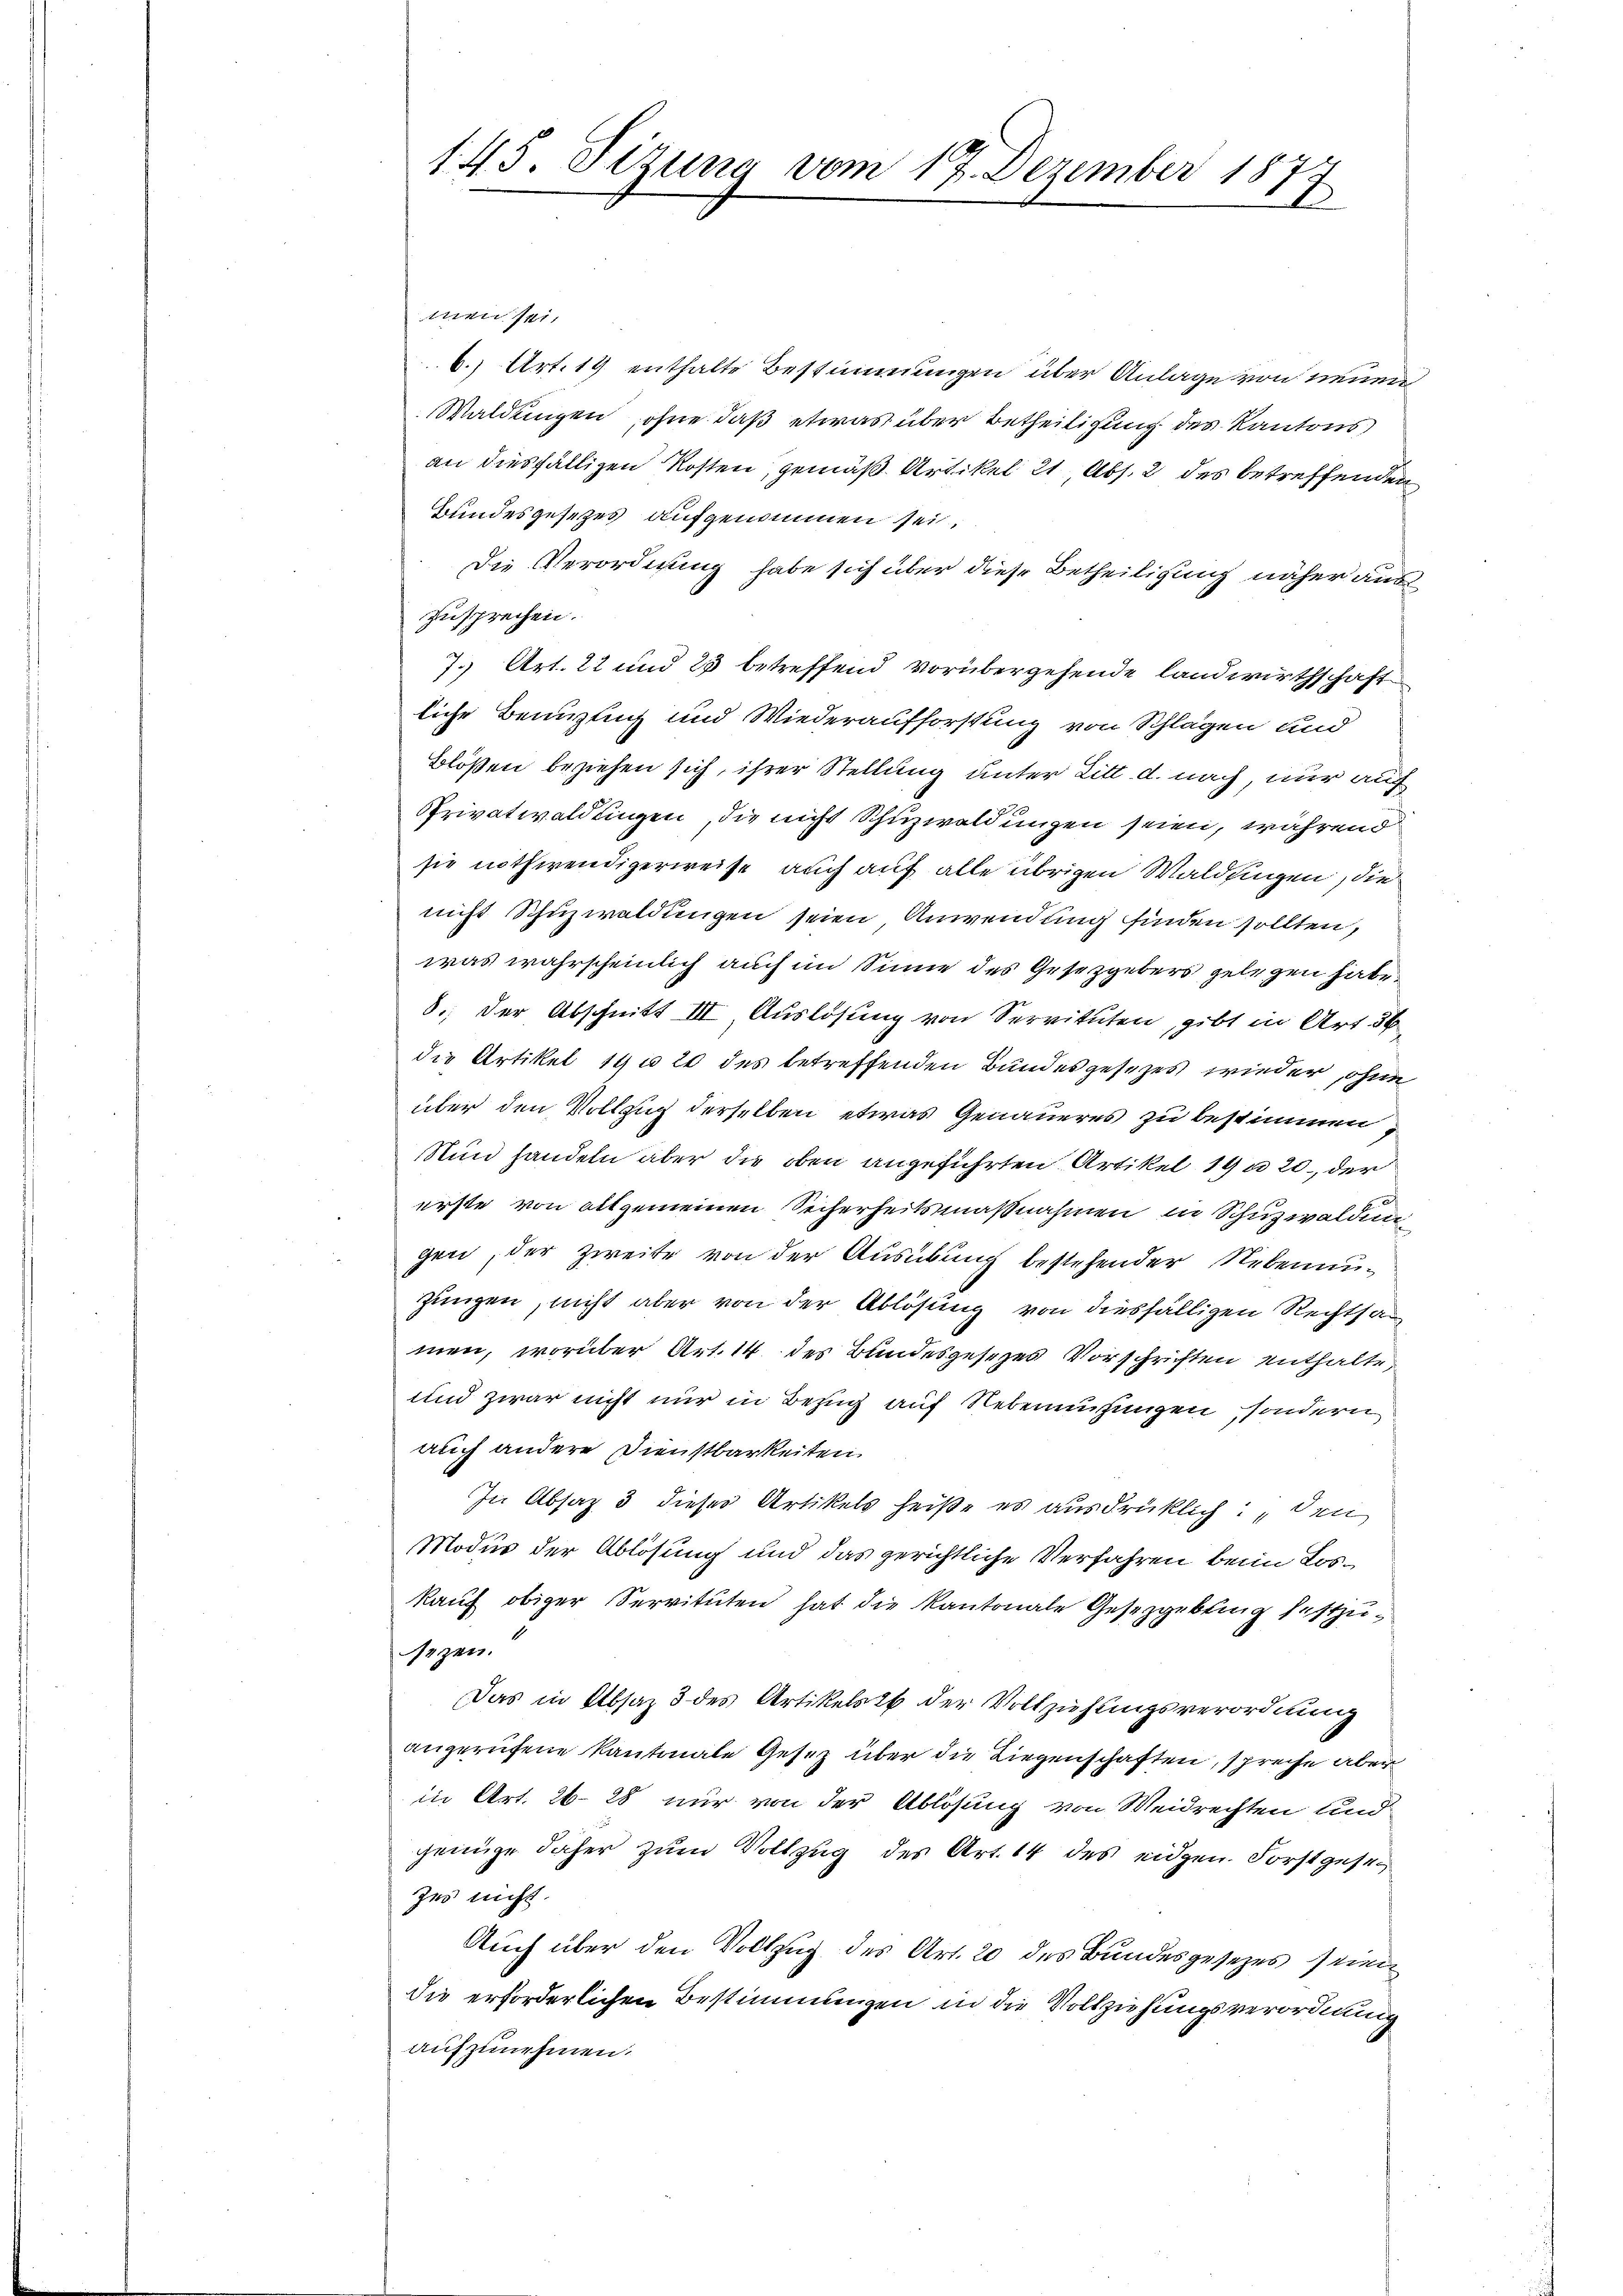
145. Sizung vom 17. Dezember 18
E
1

men sei.
6.) Art. 19 enthalte Bestimmungen über Anlage von neuen
Waldungen, ohne daß etwas über Betheiligung des Kantons
an diesfälligen Kosten, gemäß Artikel 21, Abs. 2 des betreffenden
Bundesgesetzes aufgenommen sei.
Die Verordnung habe sich über diese Betheiligung näher auszusprechen.
7.) Art. 22 und 23 betreffend vorübergehende landwirthschaft
liche Benuztug und Wiederaufforstung von Splügen und
Blößen beziehen sich, ihrer Stellung unter Litt. d. nach, nur auch
Privatwaldungen, die nicht Schuzwaldungen seien, während
sie nothwendigerweise auch auf alle übrigen Waldfingen, die
nicht Schuzwaldungen seien, Anwendung finden sollten,
was wahrscheinlich auch im Sinne des Gesetzgebers gelegen habe.
8., der Abschnitt III, Auslösung von Servituten, gibt in Art. 56
die Artikel 19 u 20 des betreffenden Bundesgesezes wieder, ohne
über den Vollzug derselben etwas Genaueres zu bestimmen
Nun handeln aber die oben angeführten Artikel 19 n 20. der
erste von allgemeinen Sicherheitsmaßnahmen in Schuzwaldung
gen, der zweite von der Ausübung bestehender Nebenauzungen, nicht aber von der Ablösung von diesfälligen Rechtsan
men, worüber Art. 14 des Bundesgesezes Vorschriften enthalte,
und zwar nicht nur in Bezug auf Nebenmühungen, sondern
auch andere Dienstbarkeiten.
In Absatz 3 dieser Artikels heiße es ausdrücklich: den
Modus der Ablösung und das gerichtliche Verfahren beim Loskauf obiger Servituten hat die Kantonale Gesetzgebung festzuezen.
Das in Absaz 3 des Artikels 26 der Vollziehungsverordnung
angerufene Kantonale Gesetz über die Liegenschaften, spreche aber
in Art. 2628 nur von der Ablösung von Weidrechten und
genüge daher zum Vollzug des Art. 14 des eidgen. Forstgesezer nicht.
Auch über den Vollzug des Art. 20 des Bundesgesezes seien
die erforderlichen Bestimmungen in die Vollziehungsverordnung
aufzunehmen.